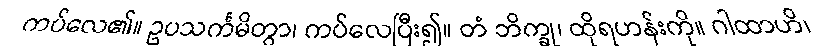
ကပ်လေ၏။ ဥပသင်္ကမိတွာ၊ ကပ်လေပြီး၍။ တံ ဘိက္ခု၊ ထိုရဟန်းကို။ ဂါထာဟိ၊